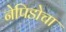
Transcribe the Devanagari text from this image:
नेपिडोचा